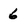
Character: 6